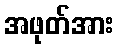
အဖုတ်အား